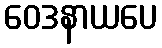
ဝေဒနာယပေ